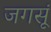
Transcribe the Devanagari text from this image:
जगसूं